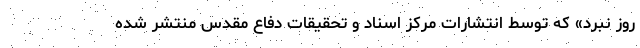
روز نبرد» که توسط انتشارات مرکز اسناد و تحقیقات دفاع مقدس منتشر شده‌